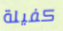
كفيلة